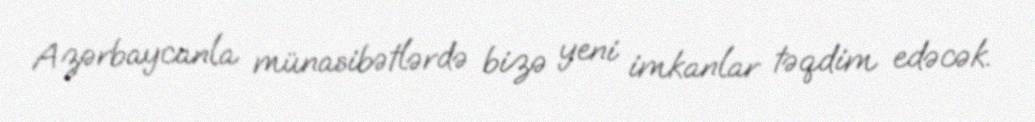
Azərbaycanla münasibətlərdə bizə yeni imkanlar təqdim edəcək.